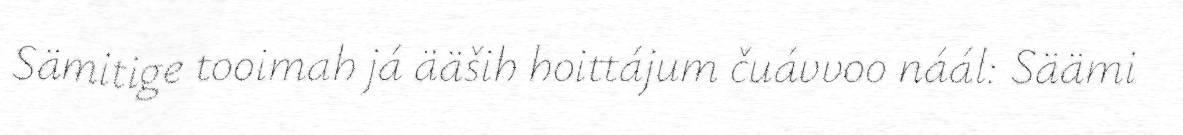
Sämitige tooimah já ääših hoittájum čuávvoo náál: Säämi